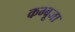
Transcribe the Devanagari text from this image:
कम्बूजा